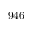
9 4 6